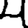
Digit: 4